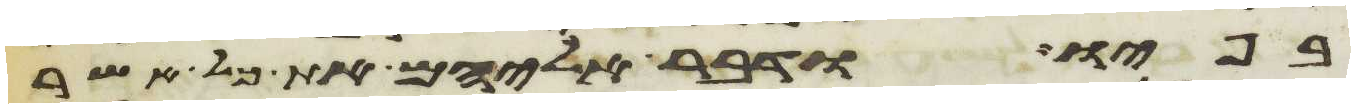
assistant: בפיו ודבר אליהם את כל אשר